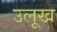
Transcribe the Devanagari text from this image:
उलूख